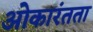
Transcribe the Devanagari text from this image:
ओकारंतता